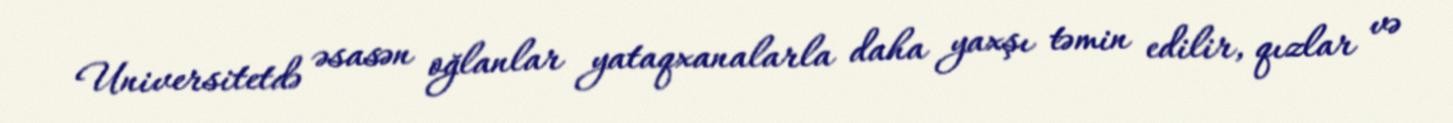
Universitetdə əsasən oğlanlar yataqxanalarla daha yaxşı təmin edilir, qızlar və